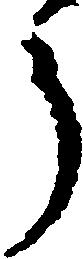
う